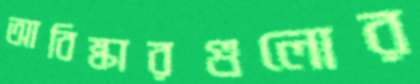
আবিষ্কারগুলোর